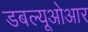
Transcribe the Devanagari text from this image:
डबल्यूओआर